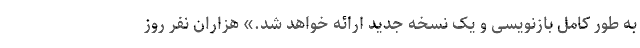
به طور کامل بازنویسی و یک نسخه جدید ارائه خواهد شد.» هزاران نفر روز